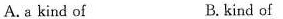
A. a kind of B. kind of